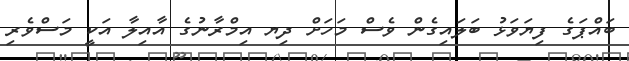
ބައްޕަގެ ފިޔަވަޅު ބަލައިގެން ވެސް މަހަށް ދިޔ އިމްރާނުގެ އާއިލާ އަކީ މަސްވެރި